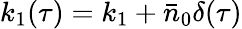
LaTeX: k_{1}(\tau)=k_{1}+\bar{n}_{0}\delta(\tau)